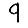
Digit: 9